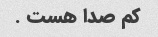
کم صدا هست .